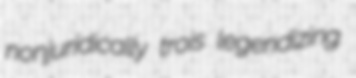
nonjuridically trois legendizing